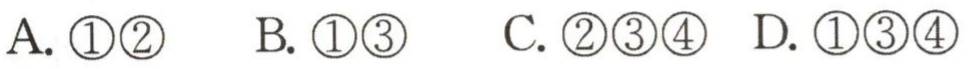
A. \textcircled{1}\textcircled{2}
B. \textcircled{1}\textcircled{3}
C. \textcircled{2}\textcircled{3}\textcircled{4}
D. \textcircled{1}\textcircled{3}\textcircled{4}